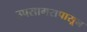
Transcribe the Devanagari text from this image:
उपसागरापासून